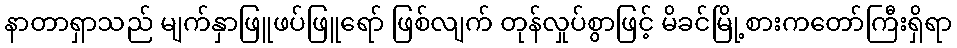
နာတာရှာသည် မျက်နှာဖြူဖပ်ဖြူရော် ဖြစ်လျက် တုန်လှုပ်စွာဖြင့် မိခင်မြို့စားကတော်ကြီးရှိရာ